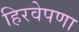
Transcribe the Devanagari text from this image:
हिरवेपणा